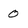
Character: 0